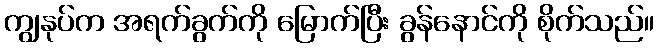
ကျွနုပ်က အရက်ခွက်ကို မြောက်ပြီး ခွန်နောင်ကို စိုက်သည်။